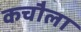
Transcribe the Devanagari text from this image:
कचौला